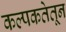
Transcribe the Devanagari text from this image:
कल्पकतेतून